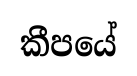
කීපයේ